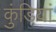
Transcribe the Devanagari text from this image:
कुंडियां